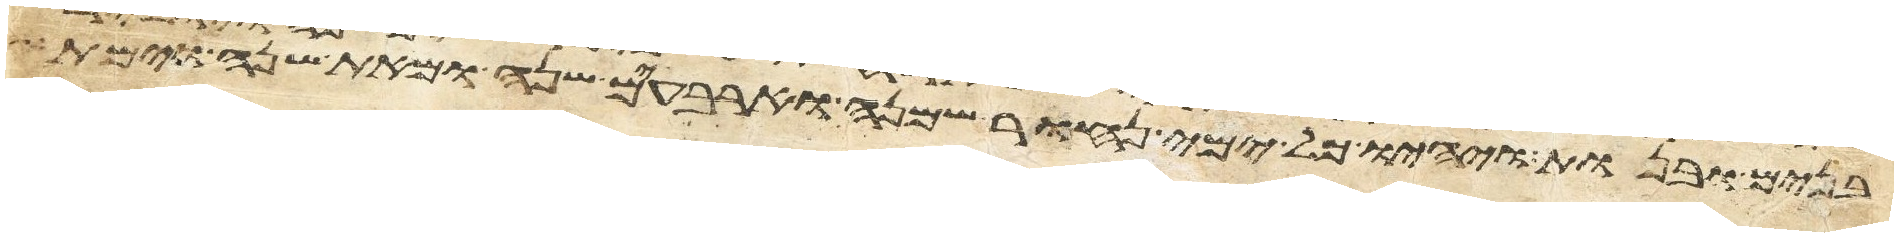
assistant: בנים ובנות ויהיו כל ימי נחור שמנה וארבעים שנה ומאת שנה וימת